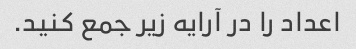
اعداد را در آرایه زیر جمع کنید.